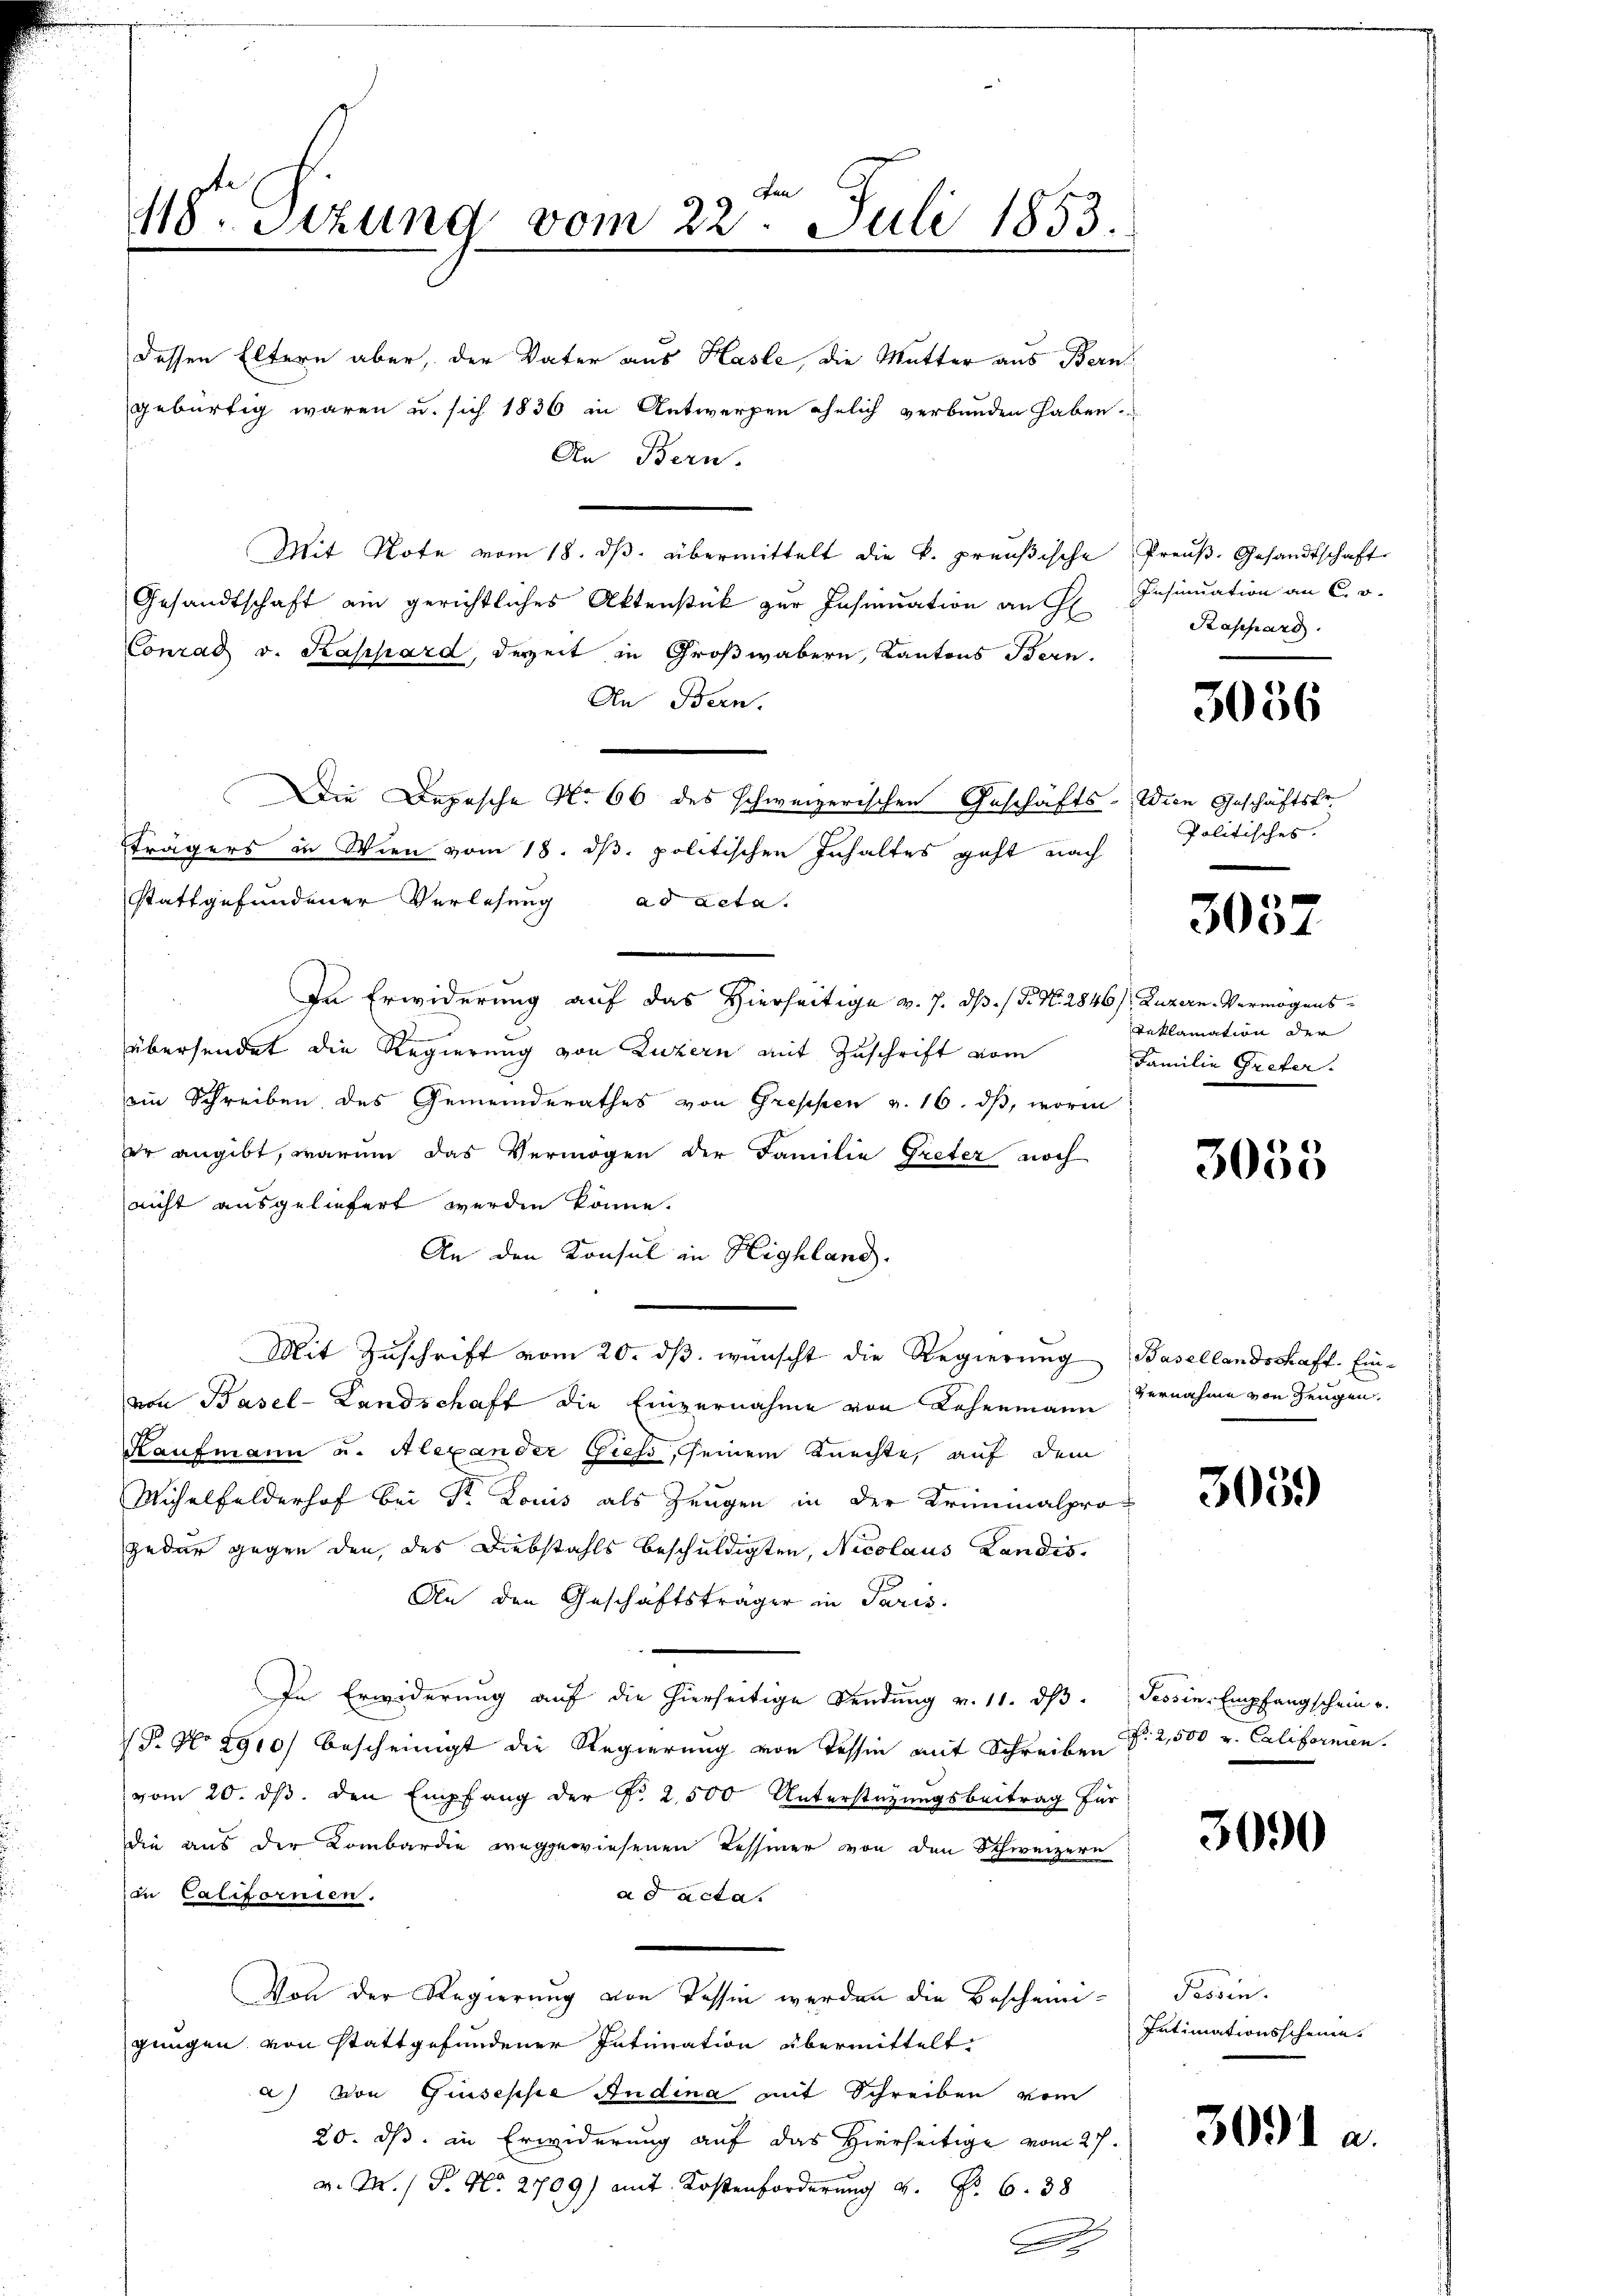
418. Sizung vom 22. Juli 1853.

dessen Eltern aber, der Vater aus Hasle, die Mutter aus Bern
gebürtig waren u. sich 1836 in Antwerpen ehelich verbunden haben.
An Bern.
Mit Note vom 18. ds. übermittelt die k. preußische
Gesandtschaft ein gerichtliches Aktenstück zur Insinuation an
Conrad v. Kassard, derzeit in Großwabern, Kantons Bern.
An Bern.
Die Depesche No 66 des schweizerischen Geschäfts- Wien Geschäftsfr.
Trägers in Wien vom 18. ds. politischen Inhaltes geht nach
stattgefundener Verlesung ad acta.
In Erwiderung auf das Hierseitige v. 7. ds. (T. N. 2846), Luzern Vermögensübersendet die Regierung von Luzern mit Zuschrift vom
ein Schreiben des Gemeinderathes von Greppen v. 16. ds, worin
er angibt, warum das Vermögen der Familie Greter noch
nicht ausgeliefert werden könne.
An den Konsul in Highland.
Mit Zuschrift vom 20. dβ. wünscht die Regierung Basellandschaft. Einvon Basel-Landschaft die Einvernahme von Lehenmann vernahme von Zeugen.
Kaufmann u. Alexander Giess, seinem Knechte, auf dem
Michelfelderhof bei Sr. Louis als Zeugen in der Kriminalprojeder gegen den, des Diebstahls beschuldigten, Nicolaus Kandis
An den Geschäftsträger in Paris.
In Erwiderung auf die hierseitige Sendung v. 11. dβ. Tessin Empfangschein u.
(P. No 2910) bescheinigt die Regierung von Tessin mit Schreiben § 2,500 u. Californien.
vom 20. ds. den Empfang der Nr. 2500 Unterstützungsbeitrag für
die aus der Kombardie weggewiesenen Tessiner von den Schweizern
in Californien.
ad acta
Von der Regierung von Tessin werden die Bescheinigungen von stattgefundener Intimation übermittelt:
a) von Giuseppe Andina mit Schreiben vom
20. ds. in Erwiderung auf das Hierseitige vom 27.
v. M. P. Nr. 2709) amt Kostenforderung 4. No 638

Preuß. Gesandtschaft
Insinuation an C. o.
Rappard.

3056

Politisches.

3032

Reklamation der
Familie Greter.

3055

305.

3090

Tessin.
Intimationsscheine

3091 a